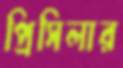
প্রিসিলার